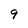
Character: 9